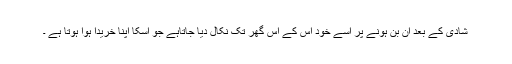
شادی کے بعد ان بن ہونے پر اسے خود اس کے اس گھر تک نکال دیا جاتاہے جو اسکا اپنا خریدا ہوا ہوتا ہے ۔